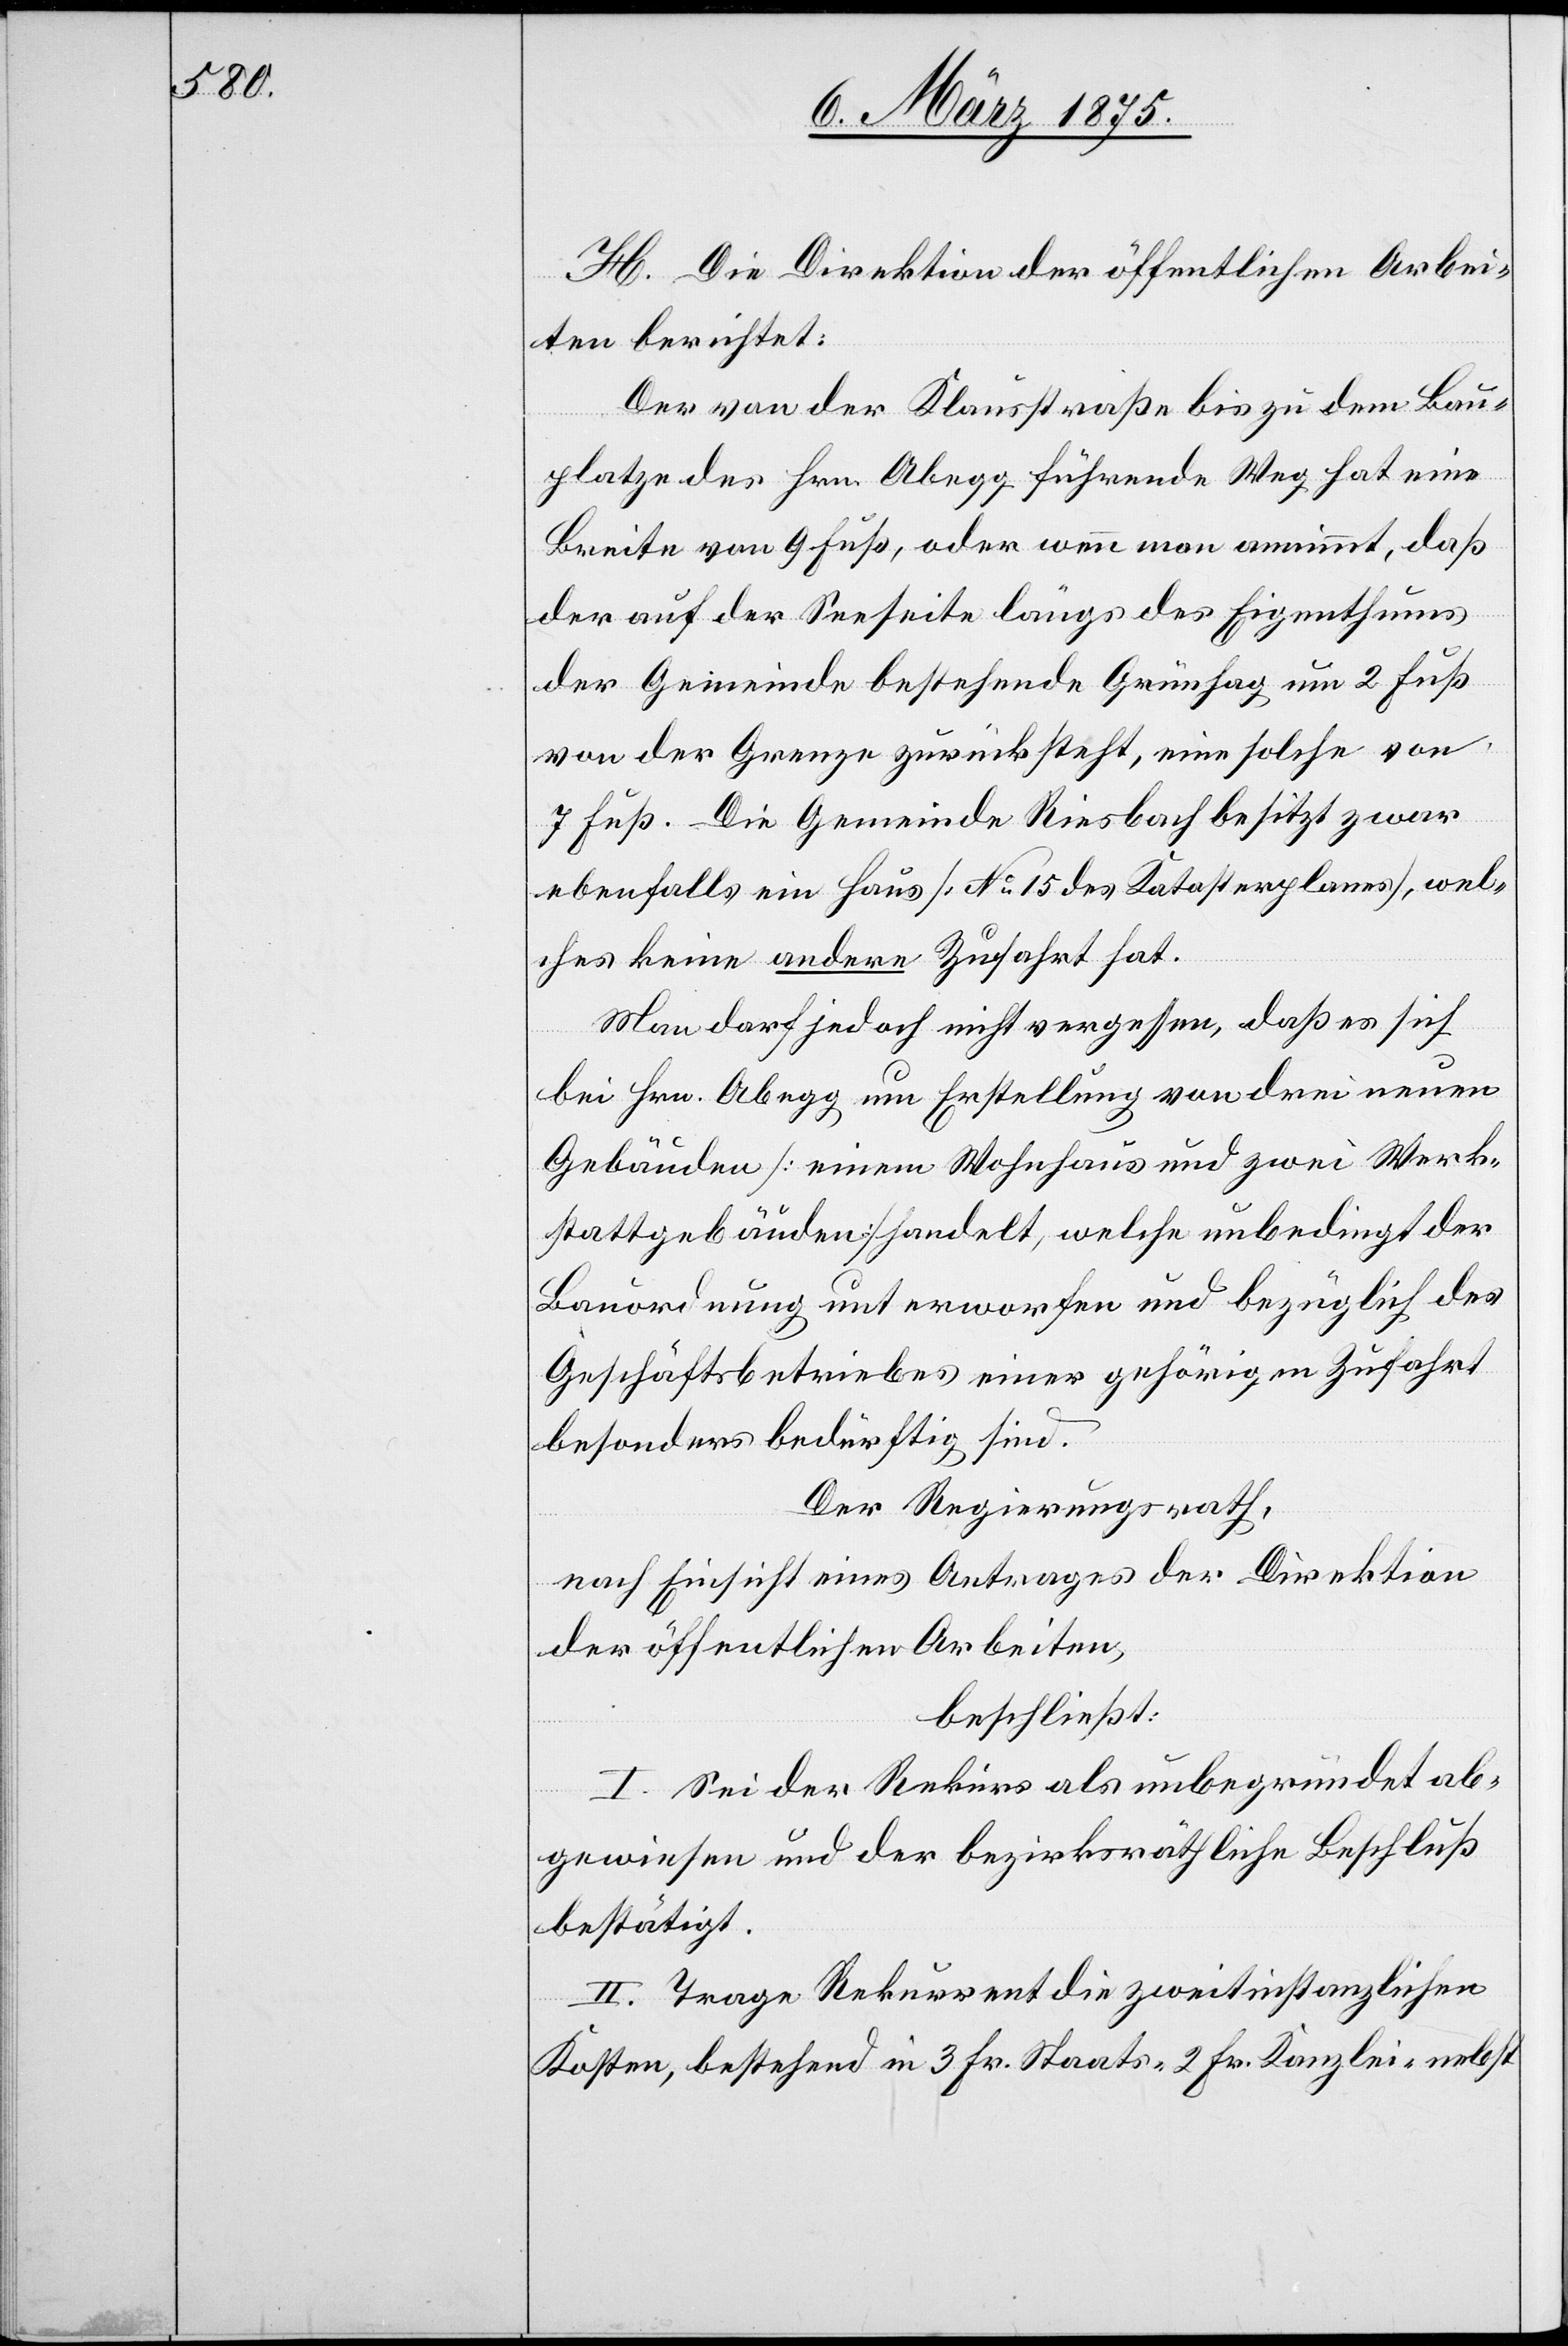
H. Die Direktion der öffentlichen Arbei¬
ten berichtet:
Der von der Klausstraße bis zu dem Bau¬
platze des Hrn. Abegg führende Weg hat eine
Breite von 9 Fuß, oder wenn man annimmt, daß
der auf der Seeseite längs des Eigenthums
der Gemeinde bestehende Grünhag um 2 Fuß
von der Grenze zurücksteht, eine solche von
7 Fuß. Die Gemeinde Riesbach besitzt zwar
ebenfalls ein Haus [No 15 des Katasterplanes], wel¬
ches keine andere Zufahrt hat.
Man darf jedoch nicht vergessen, daß es sich
bei Hrn. Abegg um Erstellung von drei neuen
Gebäuden [einem Wohnhaus und zwei Werk¬
stattgebäuden] handelt, welche unbedingt der
Bauordnung unterworfen und bezüglich des
Geschäftsbetriebes einer gehörigen Zufahrt
besonders bedürftig sind.
Der Regierungsrath,
nach Einsicht eines Antrages der Direktion
der öffentlichen Arbeiten,
beschließt:
I. Sei der Rekurs als unbegründet ab¬
gewiesen und der bezirksräthliche Beschluß
bestätigt.
II. Trage Rekurrent die zweitinstanzlichen
Kosten, bestehend in 3 Fr. Staats-[,] 2 Fr. Kanzlei- nebst